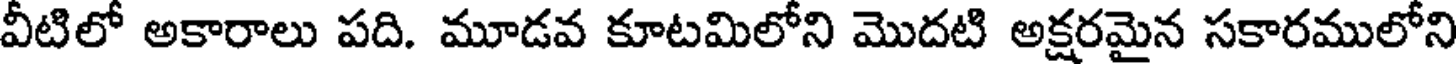
వీటిలో అకారాలు పది. మూడవ కూటమిలోని మొదటి అక్షరమైన సకారములోని